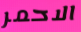
الاحمر